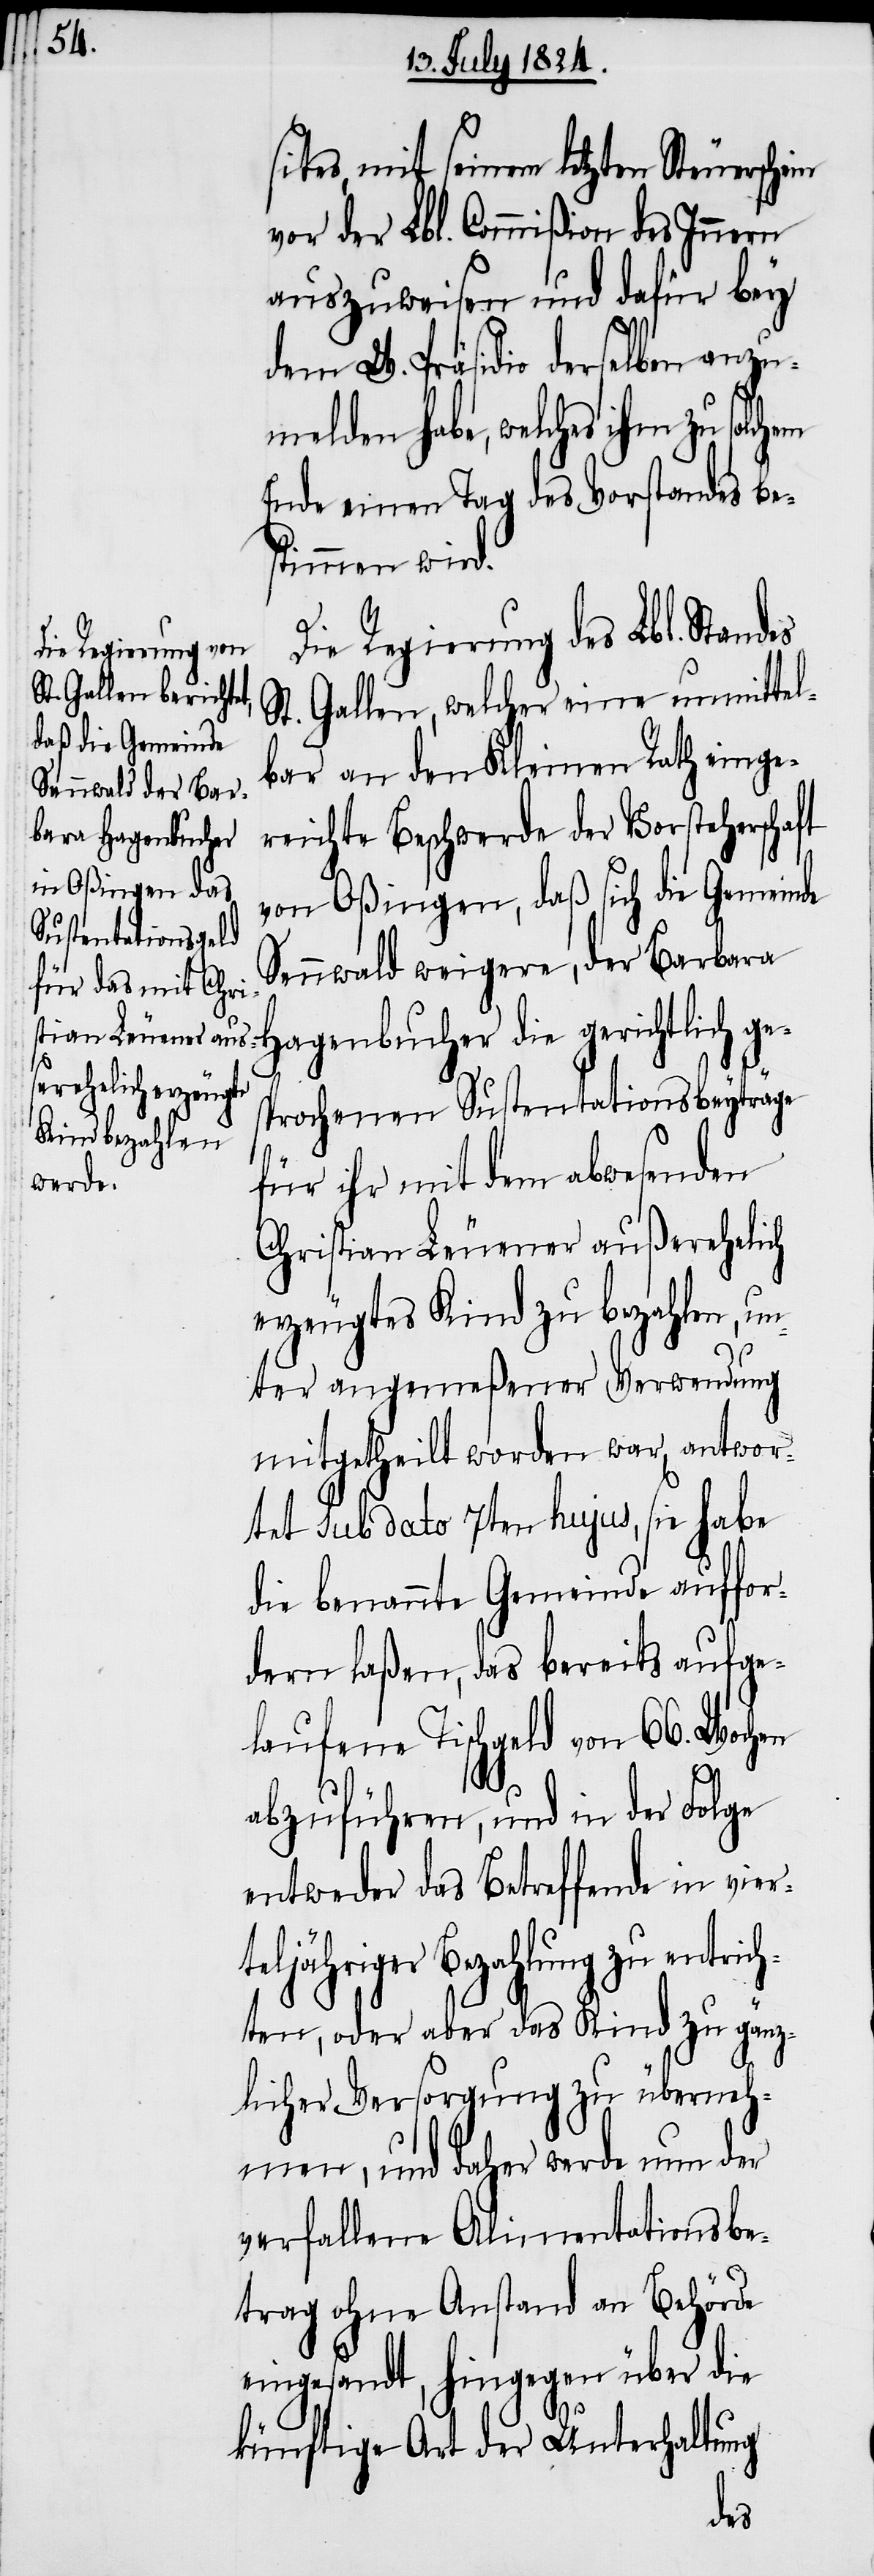
sites, mit seinem letzten Steuerschein
vor der Lbl. Commißion des Innern
auszuweisen und dafür bey
dem W. Präsidio derselben anzu¬
melden habe, welches ihm zu solch¬
Ende einen Tag des Vorstandes be¬
stimmen wird.
Die Regierung des Lbl. Standes
St. Gallen, welcher eine unmittel¬
bar an den Kleinen Rath einge¬
reichte Beschwerde der Vorsteherschaft
von Oßingen, daß sich die Gemeinde
Sennwald weigere, der Barbara
Hagenbucher die gerichtlich ge¬
sprochenen Sustentationsbeyträge
für ihr mit dem abwesenden
Christian Leuener außerehelich
erzeugtes Kind zu bezahlen, un¬
ter angemeßener Verwendung
mitgetheilt worden war, antwor¬
tet sub dato 7ten hujus, sie habe
die benannte Gemeinde auffor¬
dern laßen, das bereits aufge¬
laufene Tischgeld von 66. Wochen
em
abzuführen, und in der Folge
entweder das Betreffende in viert¬
eljähriger Bezahlung zu entrich¬
ten, oder aber das Kind zu gänz¬
licher Versorgung zu überneh¬
men, und daher werde nun der
verfallene Alimentationsbe¬
trag ohne Anstand an Behörde
eingesandt, hingegen über die
künftige Art der Unterhaltung